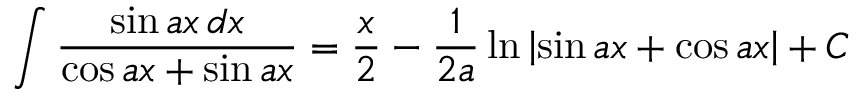
\int { \frac { \sin a x \, d x } { \cos a x + \sin a x } } = { \frac { x } { 2 } } - { \frac { 1 } { 2 a } } \ln \left| \sin a x + \cos a x \right| + C